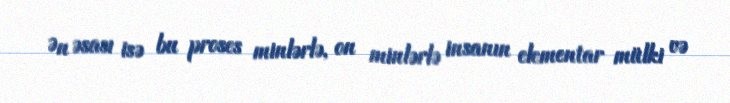
Ən əsası isə bu proses minlərlə, on minlərlə insanın elementar mülki və